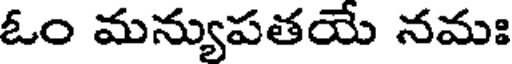
ఓం మన్యుపతయే నమః